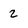
Character: 2